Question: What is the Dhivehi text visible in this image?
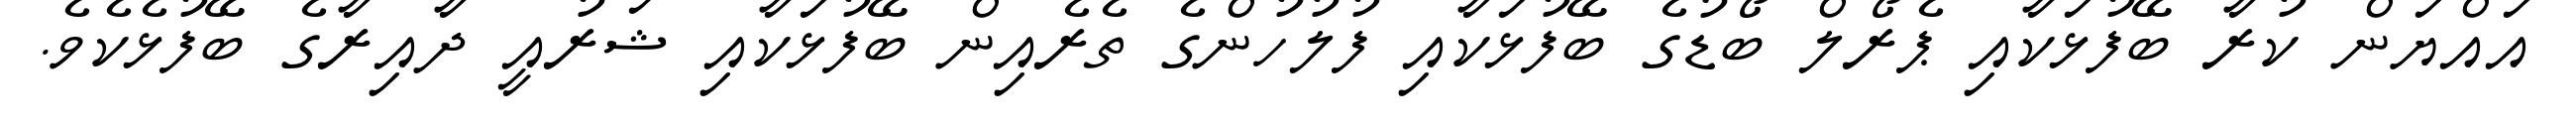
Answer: އައްޔަން ކުރާ ބޭފުޅަކާއި ޕެރޯލް ބޯޑުގެ ބޭފުޅަކާއި ފުލުހުންގެ ތެރެއިން ބޭފުޅަކާއި ޝަރުއީ ދާއިރާގެ ބޭފުޅެކެވެ.